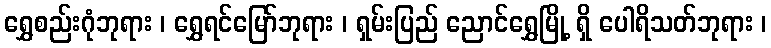
ရွှေစည်းဂုံဘုရား ၊ ရွှေရင်မြော်ဘုရား ၊ ရှမ်းပြည် ညောင်ရွှေမြို့ ရှိ ပေါရိသတ်ဘုရား ၊